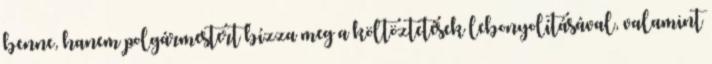
benne, hanem polgármestert bízza meg a költöztetések lebonyolításával, valamint